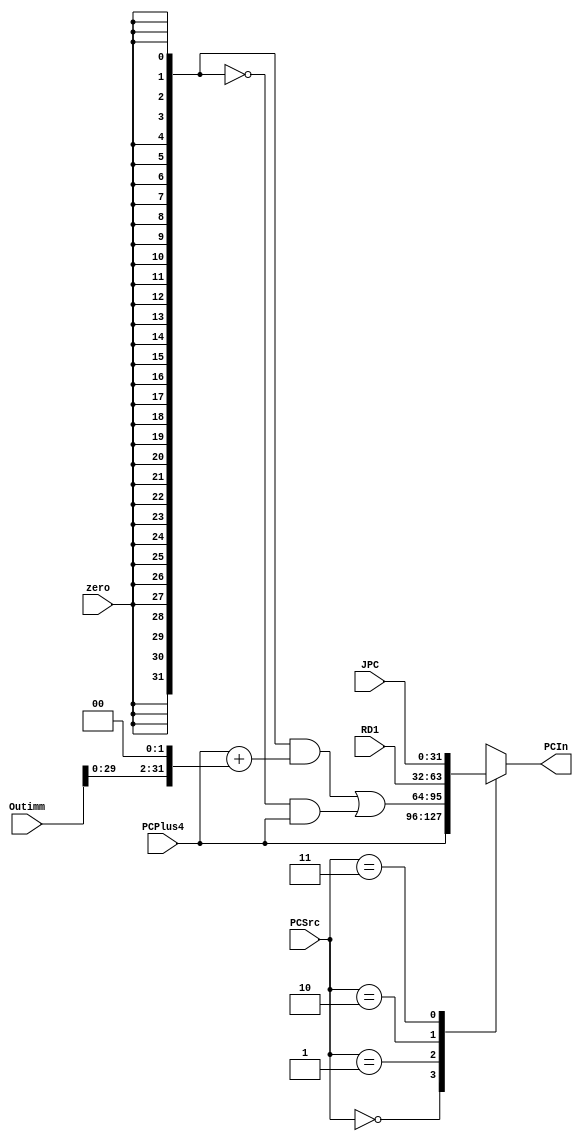
`timescale 1ns / 1ps
//////////////////////////////////////////////////////////////////////////////////
// Company: 
// Engineer: 
// 
// Design Name: 
// Module Name: Choosepc
// Project Name: 
// Target Devices: 
// Tool Versions: 
// Description: 
// 
// Dependencies: 
// 
// Revision:
// Revision 0.01 - File Created
// Additional Comments:
// 
//////////////////////////////////////////////////////////////////////////////////


module Choosepc(Outimm,JPC,PCPlus4,PCIn,PCSrc,RD1,zero);
input [31:0]Outimm,JPC,PCPlus4,RD1;
input wire zero;
input wire[1:0]PCSrc;
output reg[31:0] PCIn;
always@ (*)
    begin
case(PCSrc)
2'b00:
begin
PCIn=PCPlus4;
end
2'b01://beq
begin
PCIn=({32{zero}}&(PCPlus4+(Outimm<<2)))|(~{32{zero}}&PCPlus4);
end
2'b10:
begin
PCIn=RD1;
end
2'b11:
begin
 PCIn=JPC;
end
endcase
end
endmodule